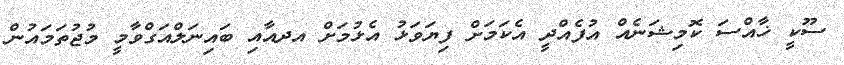
ސޫކީ ޚާއްސަ ކޮމިޝަނެއް އުފެއްދީ އެކަމަށް ފިޔަވަޅު އެޅުމަށް އދއާއި ބައިނަލްއަގްވާމީ މުޖުތަމައުން